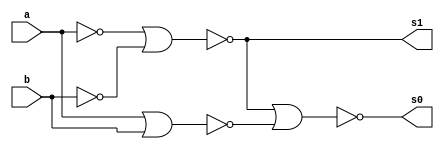
// ---------------------
// Guia 04_01 - Half-Adder NOR
// Nome: Bruno Cezar Andrade Viallet
// ---------------------

// ---------------------
// -- Half-Adder
// ---------------------

module halfadder (s0, s1, a, b);
 output s0, s1;
 input  a, b;
 wire s2,s3,s4,s5,s6,s7;
 
 nor norgate1 (s2, a, a);
 nor norgate2 (s3, b, b);
 nor norgate3 (s4, s2, s3);
 nor norgate4 (s5, a, b);
 nor norgate5 (s0, s4, s5);
 nor norgate6 (s6, a, a);
 nor norgate7 (s7, b, b);
 nor norgate8 (s1, s6, s7);

endmodule // halfadder

// --------------------------
// -- test Half-Adder NOR
// --------------------------

module testehalfadder;
 reg   a, b;             
 wire  s0, s1;
          // instancia
 halfadder HALFADDER (s0, s1, a, b);

 initial begin:start
      a=0; b=0;
 end

          // parte principal
 initial begin:main
      $display("Guia 04_01 - Bruno Cezar Andrade Viallet - 396679");
      $display("Teste Half-Adder NOR gate");
      $display("\n a & b = s0 s1\n");
      $monitor(" %b & %b = %b %b", a, b, s0, s1);
  #1  a=0; b=1; 
  #1  a=1; b=0; 
  #1  a=1; b=1; 
  
 end

endmodule // testhalfadder